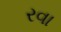
રવા